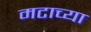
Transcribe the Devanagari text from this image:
मटाच्या